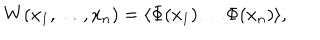
W ( x _ { 1 } , \ldots , x _ { n } ) = \langle \Phi ( x _ { 1 } ) \ldots \Phi ( x _ { n } ) \rangle ,